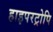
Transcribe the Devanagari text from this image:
हाइपरट्रोपि